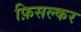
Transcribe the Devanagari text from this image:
फ़िसल्कर